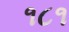
૧૮૧